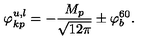
\varphi _ { k p } ^ { u , l } = - \frac { M _ { p } } { \sqrt { 1 2 \pi } } \pm \varphi _ { b } ^ { 6 0 } .